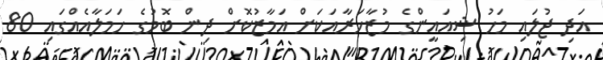
އަދި ޖުލައި މަހު ޝިއައީންގެ މުޒާހަރާއަކަށް އަމާޒުކޮށް ދިން ބޮމުގެ ހަމަލާއެއްގައި 80